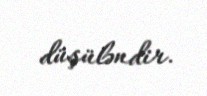
düşüləndir.